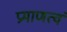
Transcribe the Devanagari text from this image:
प्रमाणत्वं